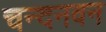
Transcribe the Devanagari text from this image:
चन्दनवन